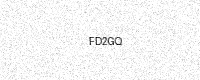
Text: FD2GQ